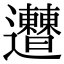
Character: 𨙠